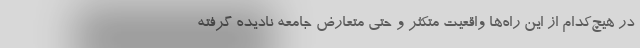
در هیچ‌کدام از این راه‌ها واقعیت متکثر و حتی متعارض جامعه نادیده گرفته